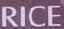
RICE